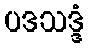
ပဒသဒ္ဒံ